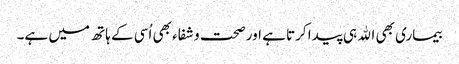
بیماری بھی اﷲ ہی پیدا کرتا ہے اور صحت و شفاء بھی اُسی کے ہاتھ میں ہے۔